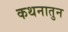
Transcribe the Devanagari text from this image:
कथनातुन